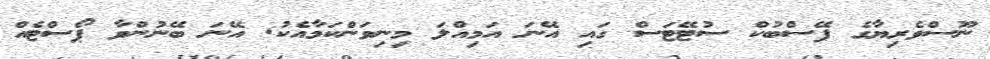
ނޫސްވެރިޔާގެ ފޭސްބުކް ސުޓޭޓަސް ގައި އޭނަ އަމިއްލަ މިނިވަންކަމާއެކު